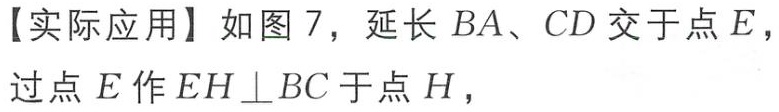
【实际应用】如图 7，延长 \(BA、CD\) 交于点 \(E\)，过点 \(E\) 作 \(EH\perp BC\) 于点 \(H\)，